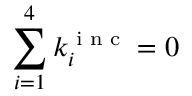
\sum _ { i = 1 } ^ { 4 } k _ { i } ^ { \textnormal { \scriptsize i n c } } = 0